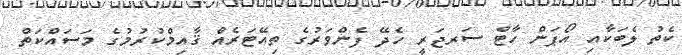
ކެތު ލެބަކާއި އޯޕަން ހާޓް ސަރޖަރީ ހެދޭ ފެންވަރުގެ ތިއޭޓަރެއް ޤާއިމްކުރުމުގެ މަސައްކަތް